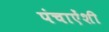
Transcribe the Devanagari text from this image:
पंचाऐंशी